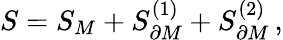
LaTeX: S=S_{M}+S_{\partial M}^{(1)}+S_{\partial M}^{(2)}\, ,